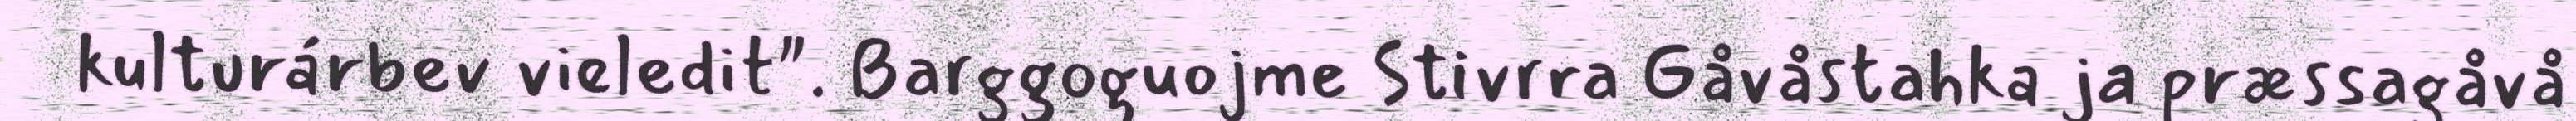
kulturárbev vieledit". Barggoguojme Stivrra Gåvåstahka ja præssagåvå